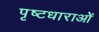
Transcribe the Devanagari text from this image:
पृष्टधाराओं